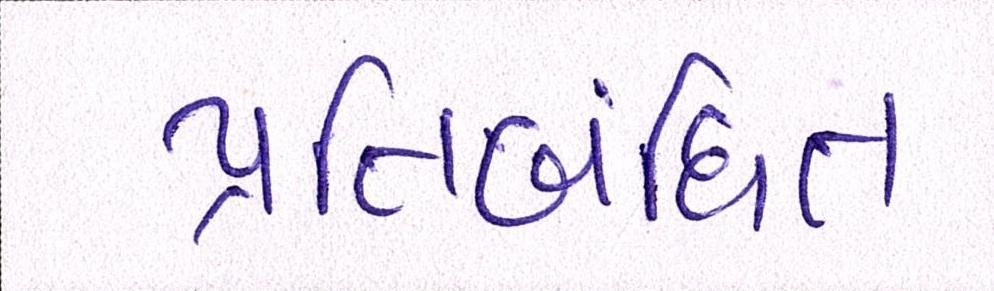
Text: પ્રતિબંધિત